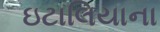
ઇટાલિયાના